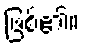
ဖြစ်၏။